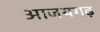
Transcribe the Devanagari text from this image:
आजयगढ़